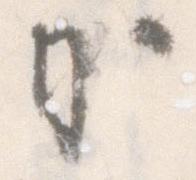
か